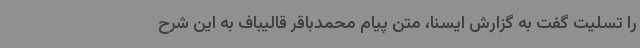
را تسلیت گفت به گزارش ایسنا، متن پیام محمدباقر قالیباف به این شرح